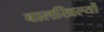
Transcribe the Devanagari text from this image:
बालखिल्यों